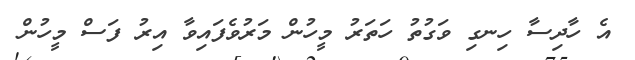
އެ ހާދިސާ ހިނގި ވަގުތު ހަތަރު މީހުން މަރުވެފައިވާ އިރު ފަސް މީހުން